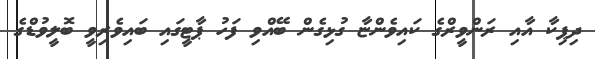
ދިޕިކާ އާއި ރަންވީރްގެ ކައިވެންޏާ ގުޅިގެން ބޭއްވި ފަހު ޕާޓީގައި ބައިވެރިވީ ބޮލީވުޑްގެ